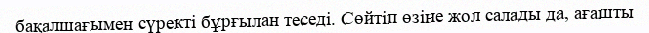
бақалшағымен сүректі бұрғылан теседі. Сөйтіп өзіне жол салады да, ағашты